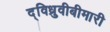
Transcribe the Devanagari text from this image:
द्विध्रुवीबीमारी